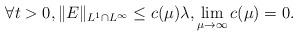
LaTeX: \begin{align*}\forall t>0,\|E\|_{L^1\cap L^\infty}\leq c(\mu)\lambda,\lim_{\mu\rightarrow\infty}c(\mu) =0.\end{align*}